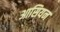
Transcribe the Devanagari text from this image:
आसियन